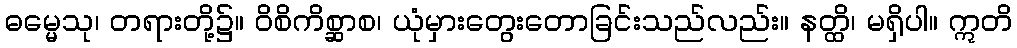
ဓမ္မေသု၊ တရားတို့၌။ ဝိစိကိစ္ဆာစ၊ ယုံမှားတွေးတောခြင်းသည်လည်း။ နတ္ထိ၊ မရှိပါ။ ဣတိ